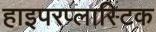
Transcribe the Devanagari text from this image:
हाइपरप्लास्टिक